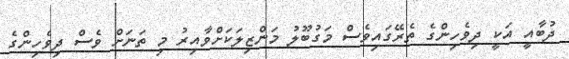
ދުބާއީ އަކީ ދިވެހިންގެ ތެރޭގައިވެސް މަގުބޫލު މަންޒިލަކަށްވާއިރު މި ތަނަށް ވެސް ދިވެހިންގެ